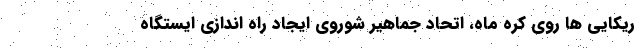
ریکایی ها روی کره ماه، اتحاد جماهیر شوروی ایجاد راه اندازی ایستگاه